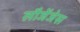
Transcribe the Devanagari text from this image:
लौजेंजेस